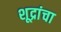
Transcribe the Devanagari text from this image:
शूद्रांचा